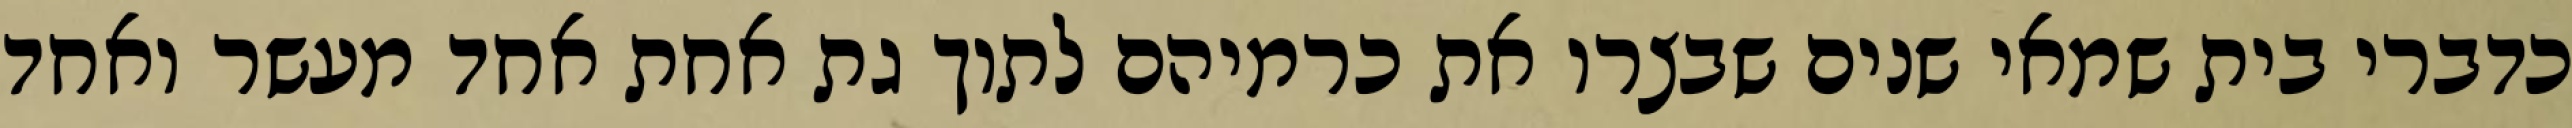
כדברי בית שמאי שנים שבצרו את כרמיהם לתוך גת אחת אחד מעשר ואחד